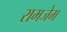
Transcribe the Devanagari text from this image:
रामजेम